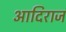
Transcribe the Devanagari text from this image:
आदिराज